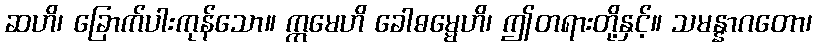
ဆဟိ၊ ခြောက်ပါးကုန်သော။ ဣမေဟိ ခေါဓမ္မေဟိ၊ ဤတရားတို့နှင့်။ သမန္နာဂတော၊